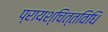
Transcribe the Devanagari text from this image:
प्रायश्चित्तविधि